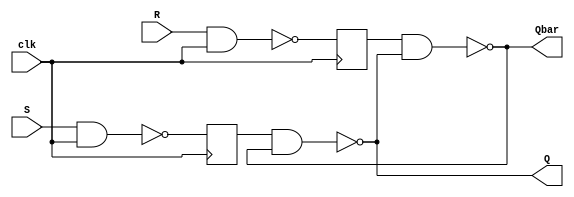
`timescale 1ns / 1ps
module sr_ff_behavioural(
    input clk,
    input S,
    input R,
    output Q,
    output Qbar
    );
 reg M,N;

always @(posedge clk) begin
 M <= !(S & clk);
 N <= !(R & clk);
end
assign Q = !(M & Qbar);
assign Qbar = !(N & Q);
endmodule